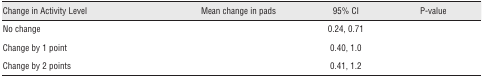
<table><thead><tr><td><b>Change in Activity Level</b></td><td><b>Mean change in pads</b></td><td><b>95% CI</b></td><td><b>P-value</b></td></tr></thead><tbody><tr><td>No change</td><td>[EMPTY_CELL]</td><td>0.24, 0.71</td><td>[EMPTY_CELL]</td></tr><tr><td>Change by 1 point</td><td>[EMPTY_CELL]</td><td>0.40, 1.0</td><td>[EMPTY_CELL]</td></tr><tr><td>Change by 2 points</td><td>[EMPTY_CELL]</td><td>0.41, 1.2</td><td>[EMPTY_CELL]</td></tr></tbody></table>